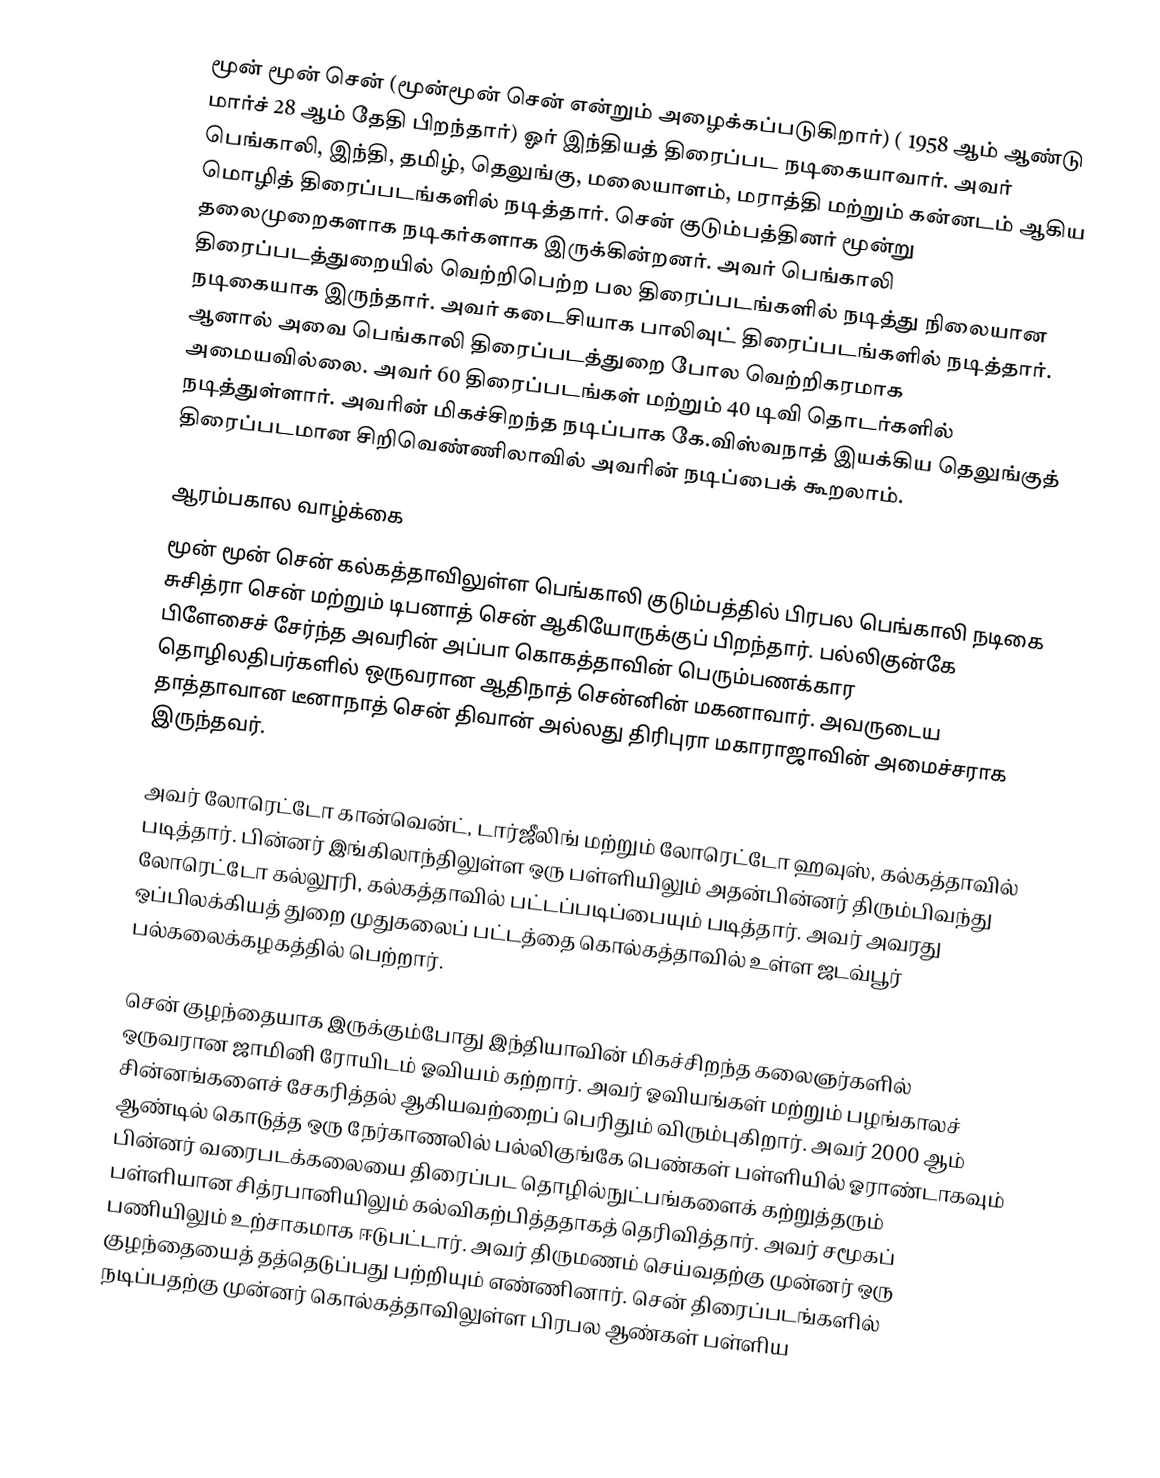
மூன் மூன் சென் (மூன்மூன் சென் என்றும் அழைக்கப்படுகிறார்) ( 1958 ஆம் ஆண்டு மார்ச் 28 ஆம் தேதி பிறந்தார்) ஓர் இந்தியத் திரைப்பட நடிகையாவார். அவர் பெங்காலி, இந்தி, தமிழ், தெலுங்கு, மலையாளம், மராத்தி மற்றும் கன்னடம் ஆகிய மொழித் திரைப்படங்களில் நடித்தார். சென் குடும்பத்தினர் மூன்று தலைமுறைகளாக நடிகர்களாக இருக்கின்றனர். அவர் பெங்காலி திரைப்படத்துறையில் வெற்றிபெற்ற பல திரைப்படங்களில் நடித்து நிலையான நடிகையாக இருந்தார். அவர் கடைசியாக பாலிவுட் திரைப்படங்களில் நடித்தார். ஆனால் அவை பெங்காலி திரைப்படத்துறை போல வெற்றிகரமாக அமையவில்லை. அவர் 60 திரைப்படங்கள் மற்றும் 40 டிவி தொடர்களில் நடித்துள்ளார். அவரின் மிகச்சிறந்த நடிப்பாக கே.விஸ்வநாத் இயக்கிய தெலுங்குத் திரைப்படமான சிறிவெண்ணிலாவில் அவரின் நடிப்பைக் கூறலாம்.

ஆரம்பகால வாழ்க்கை
மூன் மூன் சென் கல்கத்தாவிலுள்ள பெங்காலி குடும்பத்தில் பிரபல பெங்காலி நடிகை சுசித்ரா சென் மற்றும் டிபனாத் சென் ஆகியோருக்குப் பிறந்தார். பல்லிகுன்கே பிளேசைச் சேர்ந்த அவரின் அப்பா கொகத்தாவின் பெரும்பணக்கார தொழிலதிபர்களில் ஒருவரான ஆதிநாத் சென்னின் மகனாவார். அவருடைய தாத்தாவான டீனாநாத் சென் திவான் அல்லது திரிபுரா மகாராஜாவின் அமைச்சராக இருந்தவர்.

அவர் லோரெட்டோ கான்வென்ட், டார்ஜீலிங் மற்றும் லோரெட்டோ ஹவுஸ், கல்கத்தாவில் படித்தார். பின்னர் இங்கிலாந்திலுள்ள ஒரு பள்ளியிலும் அதன்பின்னர் திரும்பிவந்து லோரெட்டோ கல்லூரி, கல்கத்தாவில் பட்டப்படிப்பையும் படித்தார். அவர் அவரது ஒப்பிலக்கியத் துறை முதுகலைப் பட்டத்தை கொல்கத்தாவில் உள்ள ஜடவ்பூர் பல்கலைக்கழகத்தில் பெற்றார்.

சென் குழந்தையாக இருக்கும்போது இந்தியாவின் மிகச்சிறந்த கலைஞர்களில் ஒருவரான ஜாமினி ரோயிடம் ஓவியம் கற்றார். அவர் ஓவியங்கள் மற்றும் பழங்காலச் சின்னங்களைச் சேகரித்தல் ஆகியவற்றைப் பெரிதும் விரும்புகிறார். அவர் 2000 ஆம் ஆண்டில் கொடுத்த ஒரு நேர்காணலில் பல்லிகுங்கே பெண்கள் பள்ளியில் ஓராண்டாகவும் பின்னர் வரைபடக்கலையை திரைப்பட தொழில்நுட்பங்களைக் கற்றுத்தரும் பள்ளியான சித்ரபானியிலும் கல்விகற்பித்ததாகத் தெரிவித்தார். அவர் சமூகப் பணியிலும் உற்சாகமாக ஈடுபட்டார். அவர் திருமணம் செய்வதற்கு முன்னர் ஒரு குழந்தையைத் தத்தெடுப்பது பற்றியும் எண்ணினார். சென் திரைப்படங்களில் நடிப்பதற்கு முன்னர் கொல்கத்தாவிலுள்ள பிரபல ஆண்கள் பள்ளிய